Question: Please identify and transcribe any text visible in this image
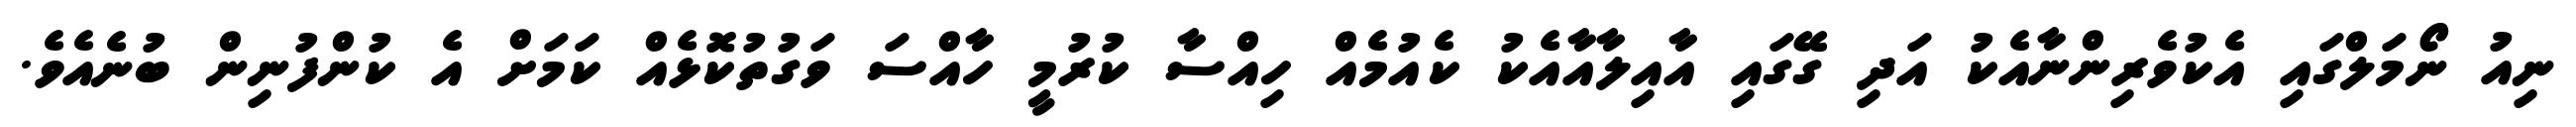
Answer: ނިއު ނޯމަލްގައި އެކުވެރިންނާއެކު އަދި ގޭގައި އާއިލާއާއެކު ކެއުމެއް ހިއްސާ ކުރުމީ ހާއްސަ ވަގުތުކޮޅެއް ކަމަށް އެ ކުންފުނިން ބުނެއެވެ.